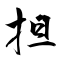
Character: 担